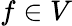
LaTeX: f\in V